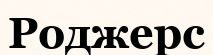
Роджерс